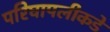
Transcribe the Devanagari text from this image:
परिघापलीकडे